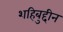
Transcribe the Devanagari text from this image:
शहिबुद्दीन